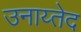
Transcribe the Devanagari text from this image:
उनाय्तेद